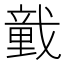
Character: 𢨒